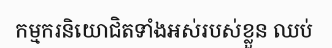
កម្មករនិយោជិតទាំងអស់របស់ខ្លួន ឈប់